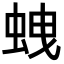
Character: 𧊣